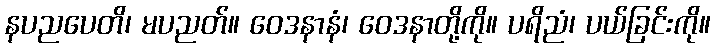
နပညပေတိ၊ မပညတ်။ ဝေဒနာနံ၊ ဝေဒနာတို့ကို။ ပရိညံ၊ ပယ်ခြင်းကို။